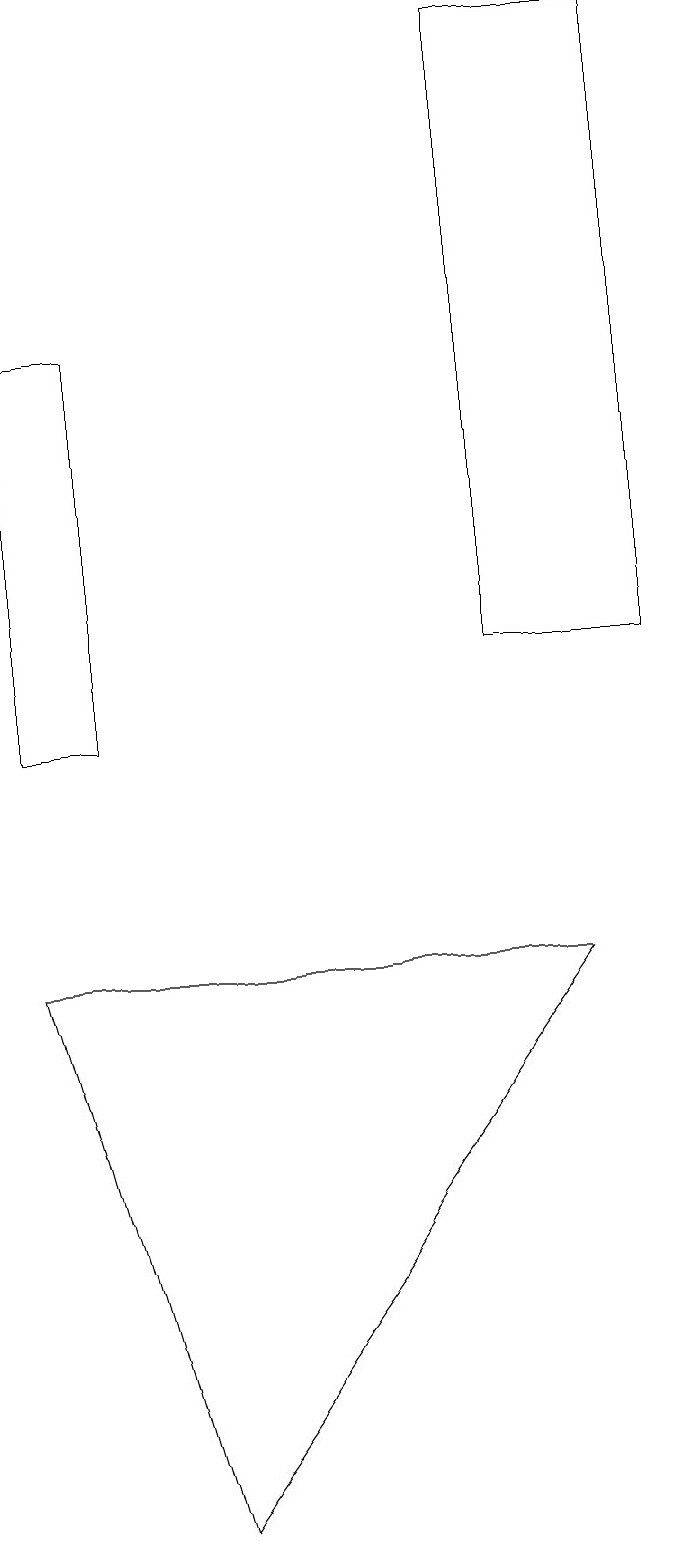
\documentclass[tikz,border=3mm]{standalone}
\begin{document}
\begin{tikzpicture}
\draw (7,19) rectangle (9,11);
\draw (1,7) -- (8,7) -- (3,0) -- cycle;
\draw (1,15) rectangle (2,10);
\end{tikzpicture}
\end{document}